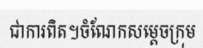
ជាការពិត។ចំណែកសម្តេចក្រុម